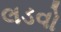
લડવો